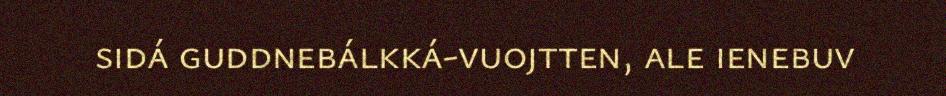
sidá guddnebálkká-vuojtten, ale ienebuv